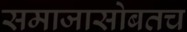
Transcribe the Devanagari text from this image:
समाजासोबतच